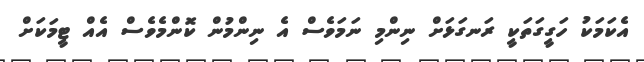
އެކަމަކު ހަގީގަތަކީ ރަނގަޅަށް ނިންމި ނަމަވެސް އެ ނިންމުން ކޮންމެވެސް އެއް ޓީމަކަށް